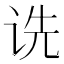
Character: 诜